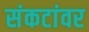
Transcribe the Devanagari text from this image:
संकटांवर